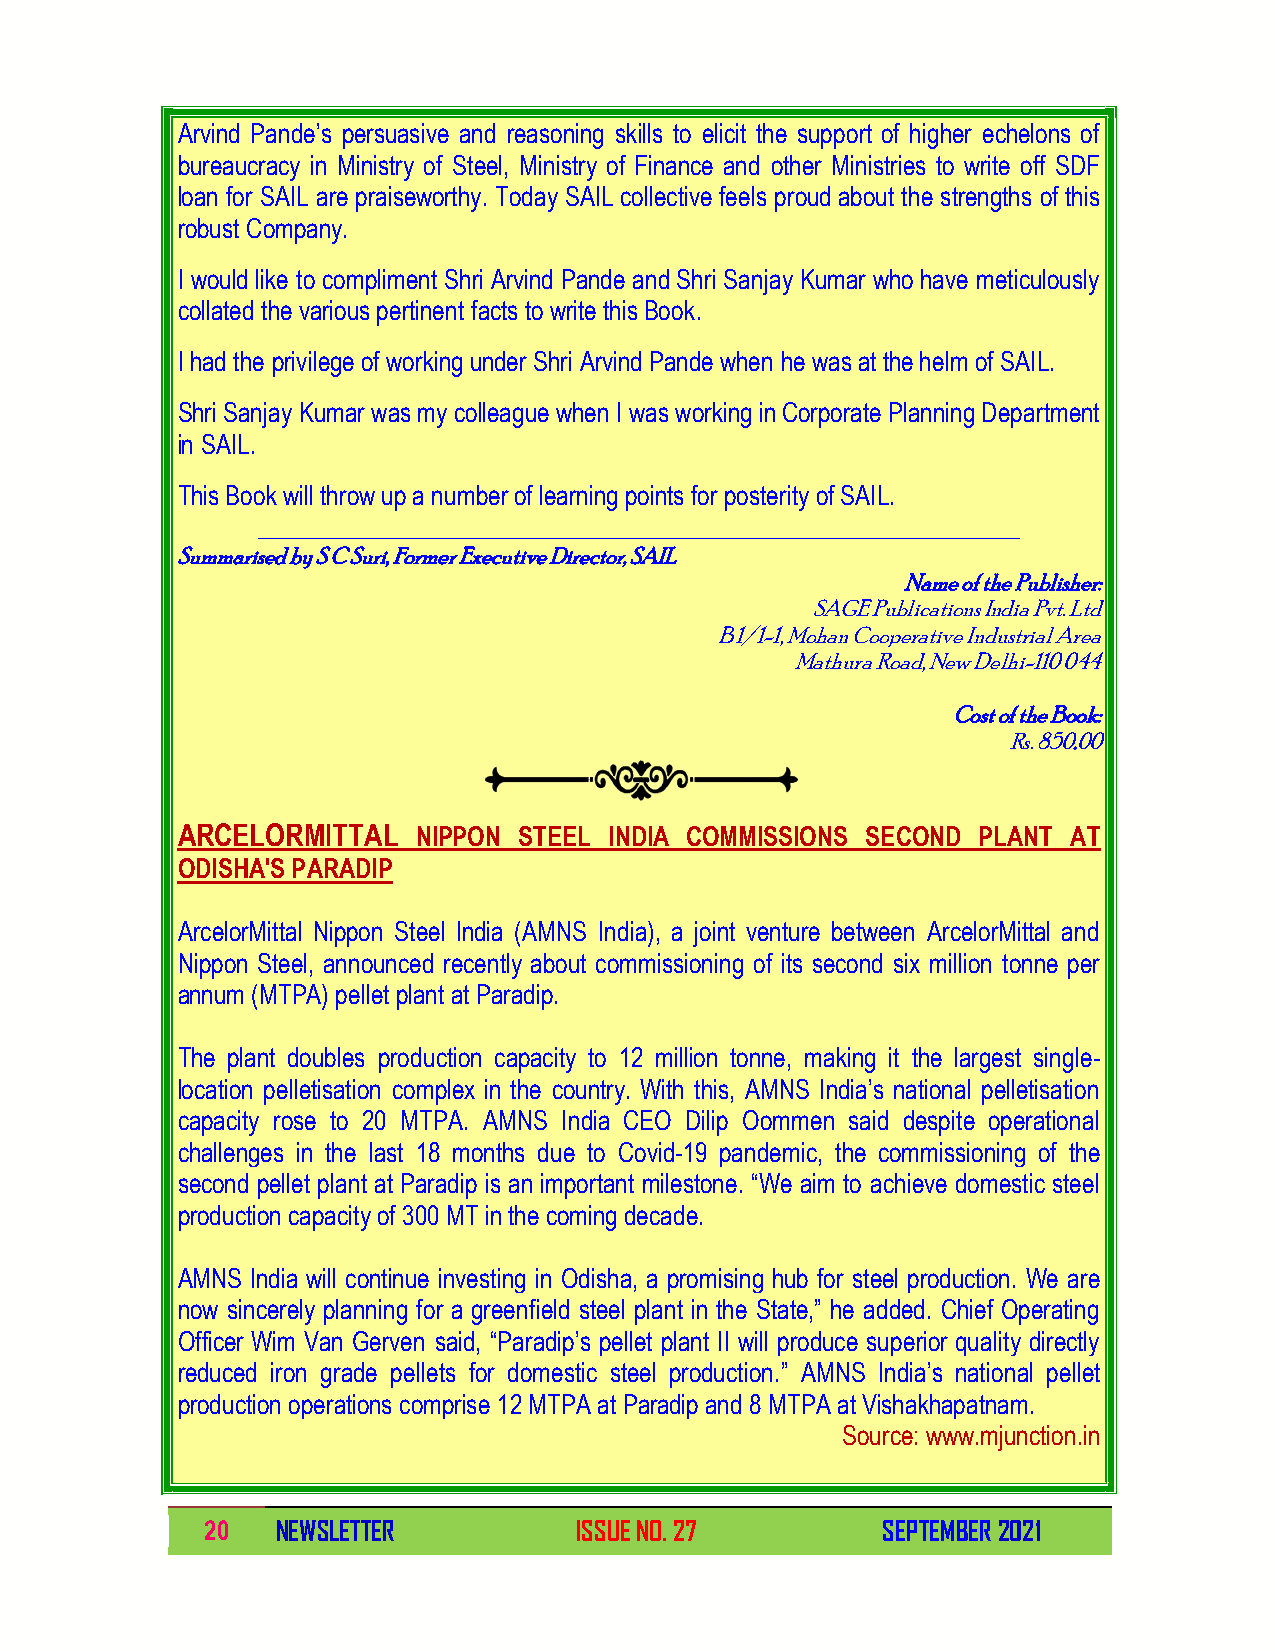
Arvind Pande’s persuasive and reasoning skills to elicit the support of higher echelons of
 bureaucracy in Ministry of Steel, Ministry of Finance and other Ministries to write off SDF
 loan for SAIL are praiseworthy. Today SAIL collective feels proud about the strengths of this
 robust Company.
 I would like to compliment Shri Arvind Pande and Shri Sanjay Kumar who have meticulously
 collated the various pertinent facts to write this Book.
 I had the privilege of working under Shri Arvind Pande when he was at the helm of SAIL.
 Shri Sanjay Kumar was my colleague when I was working in Corporate Planning Department
 in SAIL.
 This Book will throw up a number of learning points for posterity of SAIL.
 _____________________________________________________________
 Summarised by S C Suri, Former Executive Director, SAIL
 Name of the Publisher:
 SAGE Publications India Pvt. Ltd
 B 1/1-1, Mohan Cooperative Industrial Area
 Mathura Road, New Delhi-110 044
 Cost of the Book:
 Rs. 850.00
 ARCELORMITTAL   NIPPON STEEL INDIA COMMISSIONS SECOND PLANT AT
 ODISHA'S PARADIP
 ArcelorMittal Nippon Steel India (AMNS India), a joint venture between ArcelorMittal and
 Nippon Steel, announced recently about commissioning of its second six million tonne per
 annum (MTPA) pellet plant at Paradip.
 The plant doubles production capacity to 12 million tonne, making it the largest single-
 location pelletisation complex in the country. With this, AMNS India’s national pelletisation
 capacity rose to 20 MTPA. AMNS India CEO Dilip Oommen said despite operational
 challenges in the last 18 months due to Covid-19 pandemic, the commissioning of the
 second pellet plant at Paradip is an important milestone. “We aim to achieve domestic steel
 production capacity of 300 MT in the coming decade.
 AMNS India will continue investing in Odisha, a promising hub for steel production. We are
 now sincerely planning for a greenfield steel plant in the State,” he added. Chief Operating
 Officer Wim Van Gerven said, “Paradip’s pellet plant II will produce superior quality directly
 reduced iron grade pellets for domestic steel production.” AMNS India’s national pellet
 production operations comprise 12 MTPA at Paradip and 8 MTPA at Vishakhapatnam.
 Source: www.mjunction.in
 20  NEWSLETTER          ISSUE NO. 27        SEPTEMBER 2021